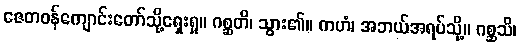
ဇေတဝန်ကျောင်းတော်သို့ရှေးရှု။ ဂစ္ဆတိ၊ သွား၏။ ကဟံ၊ အဘယ်အရပ်သို့။ ဂစ္ဆသိ၊